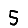
Digit: 5